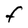
Character: F